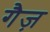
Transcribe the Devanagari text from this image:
गैज़